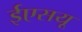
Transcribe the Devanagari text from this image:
ईएसयू